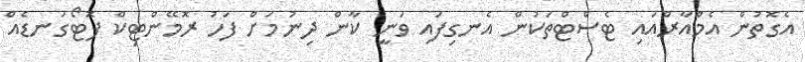
އެގޮތުން އެމްއާރްއައި ޓެސްޓްތަކުން އެނގިފައި ވަނީ ކާން ދިނުމަށް ފަހު ރޮމޭންޓިކް ފޮޓޯގަނޑެއް